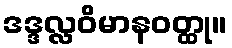
ဒဒ္ဒလ္လဝိမာနဝတ္ထု။